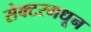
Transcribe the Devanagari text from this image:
सेक्टरमधून